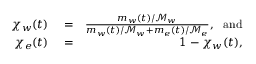
\begin{array} { r l r } { \chi _ { w } ( t ) } & { { } = } & { { \frac { m _ { w } ( t ) / \mathcal { M } _ { w } } { m _ { w } ( t ) / \mathcal { M } _ { w } + m _ { e } ( t ) / \mathcal { M } _ { e } } } , ~ ~ \mathrm { a n d } } \\ { \chi _ { e } ( t ) } & { { } = } & { 1 - \chi _ { w } ( t ) , } \end{array}